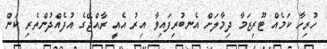
ހުރިހާ ކަމެއް ޓޫރިޒަމާ ދިމާލަށް އެނބުރިފައިވާ އިރު އެއީ ރާއްޖޭގެ އުފެއްދުންތެރި ކަން